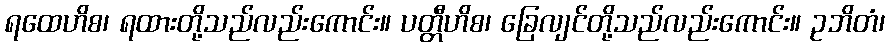
ရထေဟိစ၊ ရထားတို့သည်လည်းကောင်း။ ပတ္တီဟိစ၊ ခြေလျင်တို့သည်လည်းကောင်း။ ဥဘိတံ၊